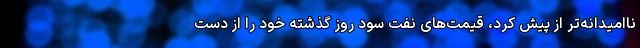
ناامیدانه‌تر از پیش کرد، قیمت‌های نفت سود روز گذشته خود را از دست